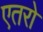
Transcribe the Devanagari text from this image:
एतरो